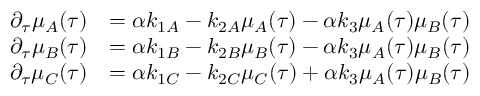
\begin{array} { r l } { \partial _ { \tau } \mu _ { A } ( \tau ) } & { = \alpha k _ { 1 A } - k _ { 2 A } \mu _ { A } ( \tau ) - \alpha k _ { 3 } \mu _ { A } ( \tau ) \mu _ { B } ( \tau ) } \\ { \partial _ { \tau } \mu _ { B } ( \tau ) } & { = \alpha k _ { 1 B } - k _ { 2 B } \mu _ { B } ( \tau ) - \alpha k _ { 3 } \mu _ { A } ( \tau ) \mu _ { B } ( \tau ) } \\ { \partial _ { \tau } \mu _ { C } ( \tau ) } & { = \alpha k _ { 1 C } - k _ { 2 C } \mu _ { C } ( \tau ) + \alpha k _ { 3 } \mu _ { A } ( \tau ) \mu _ { B } ( \tau ) } \end{array}